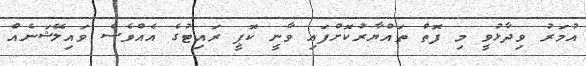
އުމަރު ވިދާޅުވީ މި ފޮތް ތައްޔާރުކޮށްފައި ވާނީ ކޮޕީ ރައިޓުގެ އެއްވެސް ވައިލޭޝަނެއް